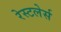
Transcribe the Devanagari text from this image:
रेस्टलेर्स